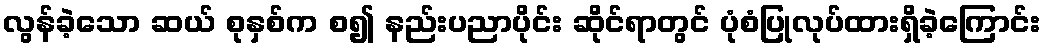
လွန်ခဲ့သော ဆယ် စုနှစ်က စ၍ နည်းပညာပိုင်း ဆိုင်ရာတွင် ပုံစံပြုလုပ်ထားရှိခဲ့ကြောင်း